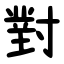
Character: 對